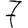
Digit: 7